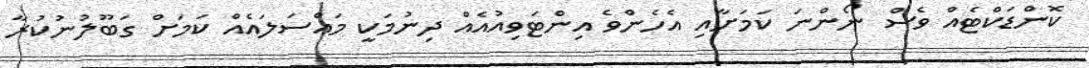
ކޮންޑަކްޓެއް ވެސް ނޯންނަ ކަމަށާއި އެހެންވެ އިންޓަވިއުއެއް ދިނުމަކީ މައްސަލައެއް ކަމަށް ގަބޫލުނުކުރާ